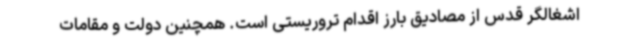
اشغالگر قدس از مصادیق بارز اقدام تروریستی است. همچنین دولت و مقامات